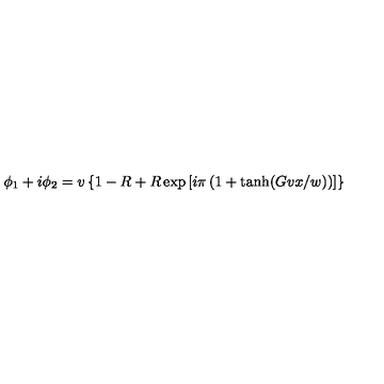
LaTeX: \phi _ { 1 } + i \phi _ { 2 } = v \left\{ 1 - R + R \exp \left[ i \pi \left( 1 + \tanh ( G v x / w ) \right) \right] \right\}